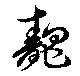
醜